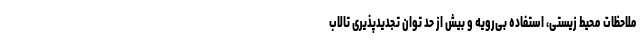
ملاحظات محیط زیستی، استفاده بی‌رویه و بیش از حد توان تجدیدپذیری تالاب